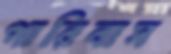
পারিবাস